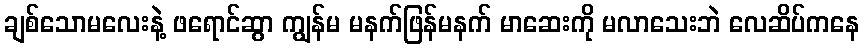
ချစ်သောမလေးနဲ့ ဖရောင်ဆွာ ကျွန်မ မနက်ဖြန်မနက် မာဆေးကို မလာသေးဘဲ လေဆိပ်ကနေ